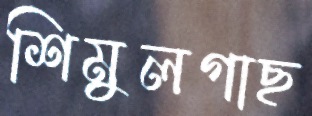
শিমুলগাছ